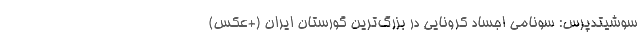
سوشیتدپرس: سونامی اجساد کرونایی در بزرگ‌ترین گورستان ایران (+عکس)